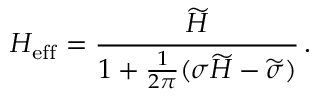
H _ { \mathrm { e f f } } = \frac { \widetilde { H } } { 1 + \frac { 1 } { 2 \pi } ( \sigma \widetilde { H } - \widetilde { \sigma } ) } \, .